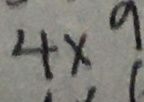
4 \times 9